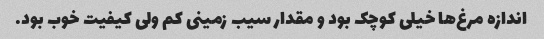
اندازه مرغ‌ها خیلی کوچک بود و مقدار سیب زمینی کم ولی کیفیت خوب بود.